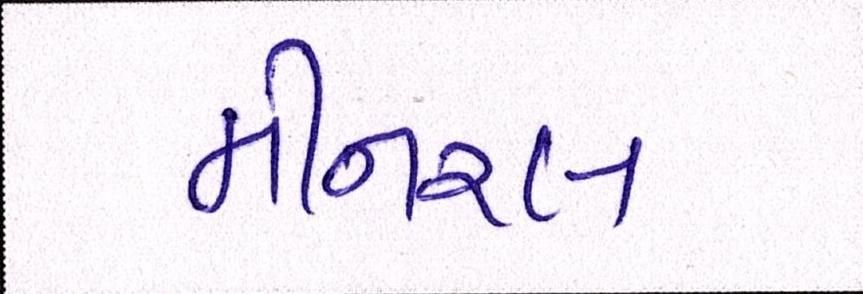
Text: મીનરલ